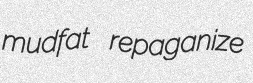
mudfat repaganize